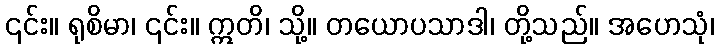
၎င်း။ ရုစိမာ၊ ၎င်း။ ဣတိ၊ သို့။ တယောပသာဒါ၊ တို့သည်။ အဟေသုံ၊